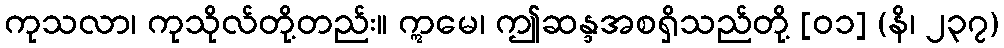
ကုသလာ၊ ကုသိုလ်တို့တည်း။ ဣမေ၊ ဤဆန္ဒအစရှိသည်တို့ [၀၁] (နိ၊ ၂၃၇)